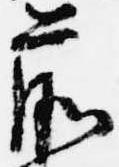
前